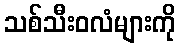
သစ်သီးဝလံများကို